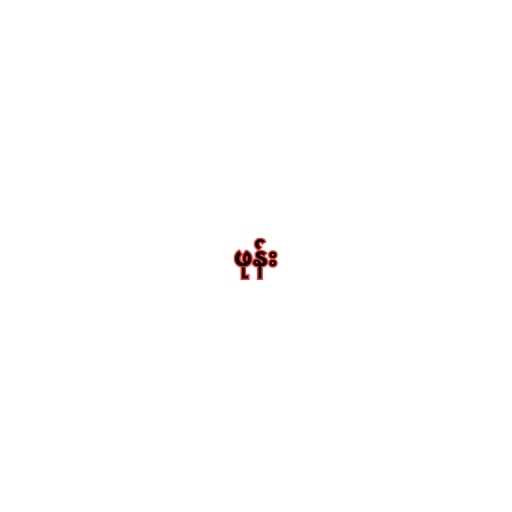
ဖုန်း